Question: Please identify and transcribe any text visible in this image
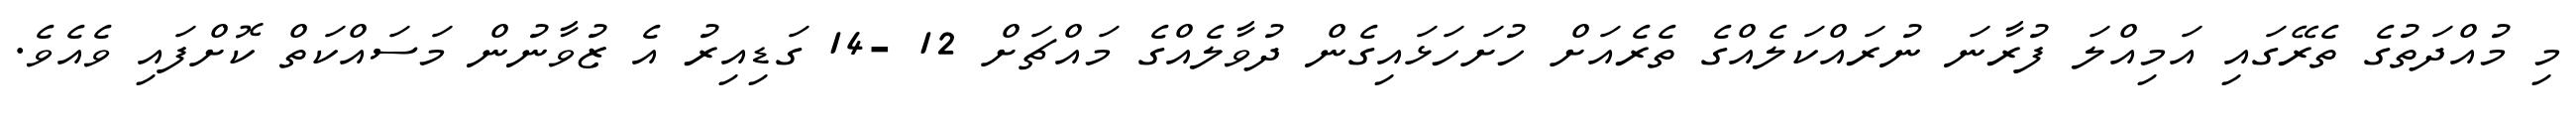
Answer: މި މުއްދަތުގެ ތެރޭގައި އަމިއްލަ ފުރާނަ ނުރައްކަލެއްގެ ތެރެއަށް ހުށަހަޅައިގެން ދުވާލެއްގެ މައްޗަށް 12 -14 ގަޑިއިރު އެ ޒުވާނުން މަސައްކަތް ކޮށްފައި ވެއެވެ.